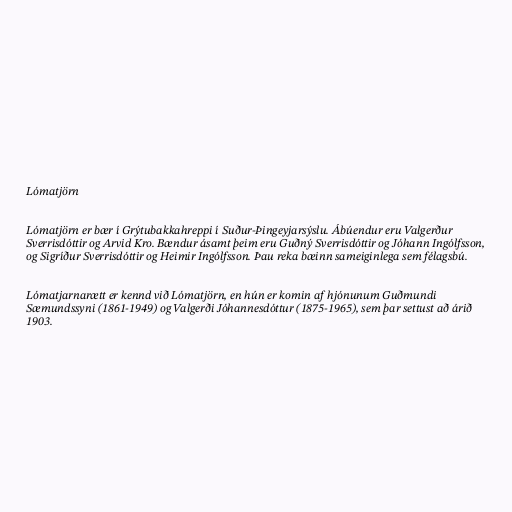
Lómatjörn

Lómatjörn er bær í Grýtubakkahreppi í Suður-Þingeyjarsýslu. Ábúendur eru Valgerður
Sverrisdóttir og Arvid Kro. Bændur ásamt þeim eru Guðný Sverrisdóttir og Jóhann Ingólfsson,
og Sigríður Sverrisdóttir og Heimir Ingólfsson. Þau reka bæinn sameiginlega sem félagsbú.

Lómatjarnarætt er kennd við Lómatjörn, en hún er komin af hjónunum Guðmundi
Sæmundssyni (1861-1949) og Valgerði Jóhannesdóttur (1875-1965), sem þar settust að árið
1903.